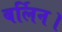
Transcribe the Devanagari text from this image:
बर्लिन।